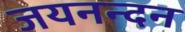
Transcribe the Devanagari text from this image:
जयनन्दन